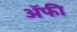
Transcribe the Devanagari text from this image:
अॅफी